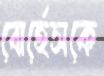
বোর্হেসকে